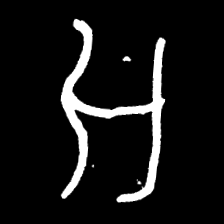
Pyu character \u2014 Myanmar letter: အ (romanized: a)